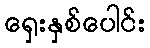
ရှေးနှစ်ပေါင်း